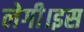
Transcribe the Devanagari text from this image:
लेगी।इस